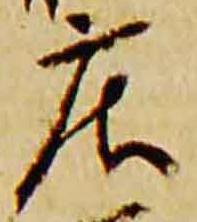
庄